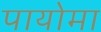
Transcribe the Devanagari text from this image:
पायोमा